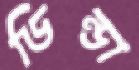
ডিন্ডা